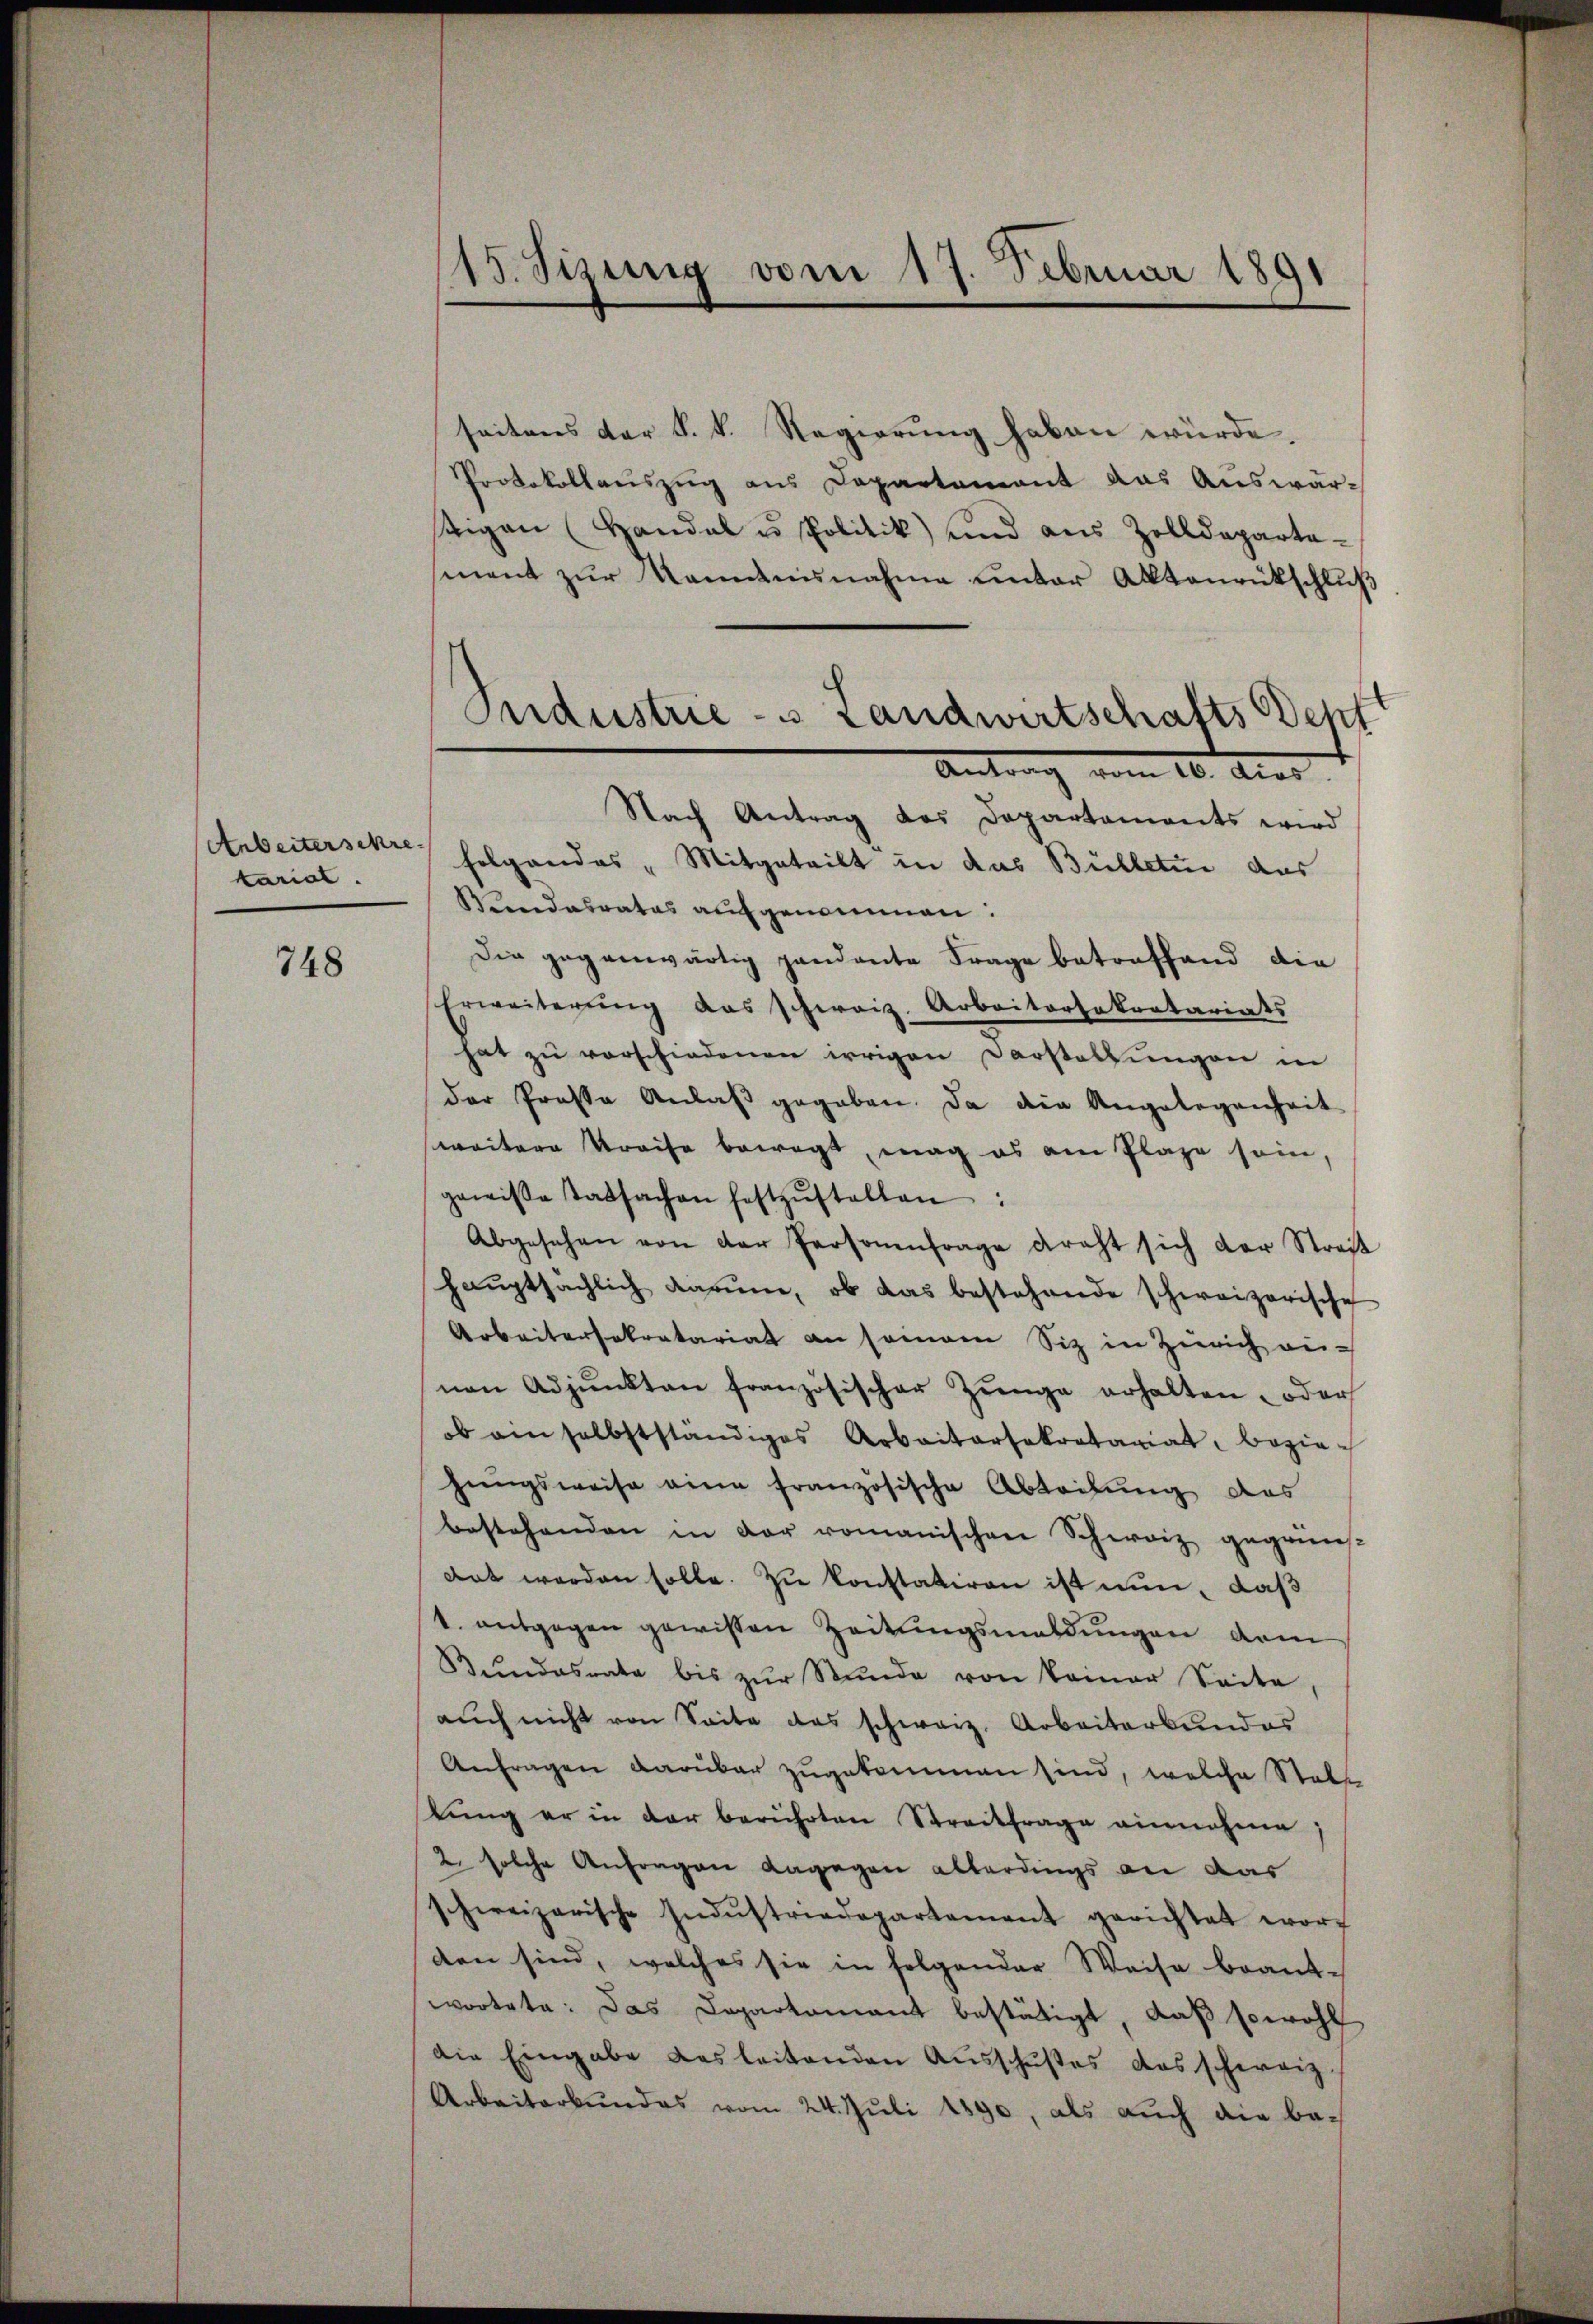
Arbeiterschrekarial.

748

seitens der k. k. Regierung haben würde.
Protokollauszug aus Departement das Auswar-
stigen (Handal u Politik und aus Zolldepartesment zŭr Manntnisnahme unter Aktenrütschluß
Nach Antrag des Departaments wird
folgendes Mitgeteilt in das Bülletur aus
Wundesrates aufgenommen:
Die gegenwärtig handante Frage betreffend die
Erweiterŭng das schweiz. Arbeitersekretariats
hat zu vorschiedenen irrigen Darstellungen in
der Prose Anlaß gegeben. Da die Angelegenheit
weiteren Kreise bewegt, mag es am Plaze sein,
gewisse Tatsachen festzŭstellen:
Abgesehen von der Personenfrage dreht sich der Streit
haŭptsächlich darum, ob das bestehende schweizerische
Arbeitersekretariat an sammen Sitz in Zürich an-
nen Adjunkten französischer Zŭnge erhalten- oder
ob ain selbstständiges Arbaitarsekretariat bezie-
hungsweise eine französische Abteilung des
bestehenden in der romanischen Schweiz gegrüns
Ant werden solle. Zŭ konstatiren ist nun, daß
1. entgegen gewissen Zeitungsmaldungen dem
Bundesrata bis zŭr Stunde von keiner Seite
auch nicht von Seite das schweiz. Arbeiterbundes
Anfragen darüber zugekommen sind, welche Stets
lung er in der berührten Streitfrage einnahme,
2 solche Anfragen dagegen allerdings an das
schweizerische Indŭstriedepartement gerichtet wor-
den sind, welches sie in folgender Weise beant-
wortete: Das Departamant bestätigt, daß sowohl
die Eingabe das leitenden Aŭsschŭstes das schweiz.
Arbeiterbundes vom 24. Juli 1890, als auch die be¬

15. Sisung vom 17. Februar 1891
d

Industrie - Landwirtschafts Depf
Antrag vom 10. Aus